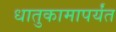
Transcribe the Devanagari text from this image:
धातुकामापर्यंत